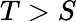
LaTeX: T>S